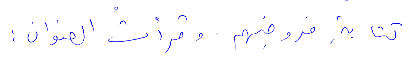
متابة فروضهم. وقرأت العنوان: